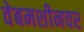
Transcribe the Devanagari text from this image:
वेबमशीनवर